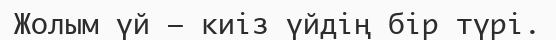
Жолым үй – киіз үйдің бір түрі.